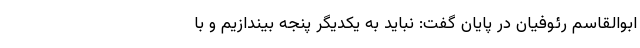
ابوالقاسم رئوفیان در پایان گفت: نباید به یکدیگر پنجه بیندازیم و با